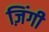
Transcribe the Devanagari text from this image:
ज़िंगी